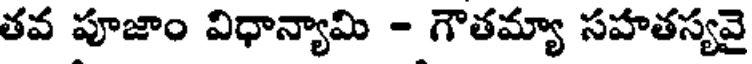
తవ పూజాం విధాన్యామి - గౌతమ్యా సహతస్యవై